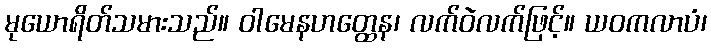
မုယောရိတ်သမားသည်။ ဝါမေနဟတ္ထေန၊ လက်ဝဲလက်ဖြင့်။ ယဝကလာပံ၊